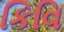
કિવિ